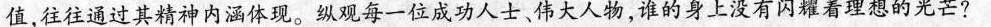
值，往往通过其精神内涵体现。纵观每一位成功人士、伟大人物，谁的身上没有闪耀着理想的光芒？